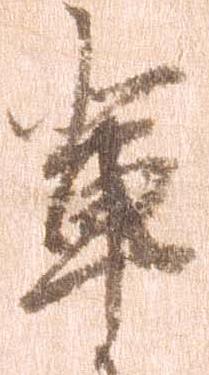
輩